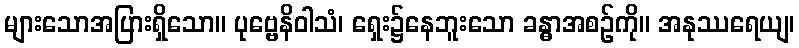
များသောအပြားရှိသော။ ပုဗ္ဗေနိဝါသံ၊ ရှေး၌နေဘူးသော ခန္ဓာအစဉ်ကို။ အနုဿရေယျ၊